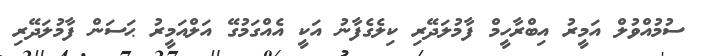
ސުމުއްވުލް އަމީރު އިބްރާހީމް ފާމުލަދޭރި ކިލެގެފާނު އަކީ އެއްގަމުގޭ އަލްއަމީރު ޙަސަން ފާމުލަދޭރި